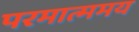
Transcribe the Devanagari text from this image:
परमात्ममय